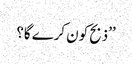
’’ذبح کون کرے گا؟